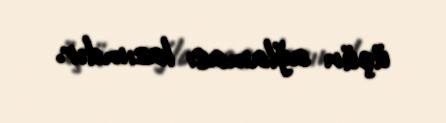
üçün ağlaması lazımdır.